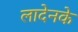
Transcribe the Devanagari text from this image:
लादेनके